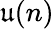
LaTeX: {\mathfrak{u}}(n)